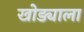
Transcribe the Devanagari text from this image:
खोड्याला